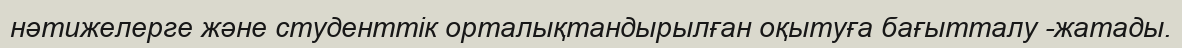
нәтижелерге және студенттік орталықтандырылған оқытуға бағытталу -жатады.